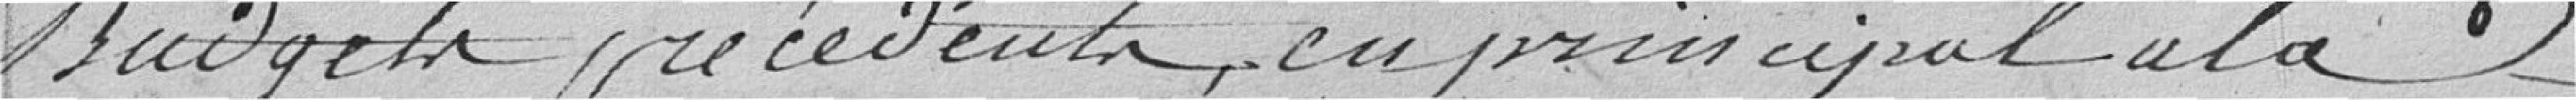
Budgets précédents, en principal à la